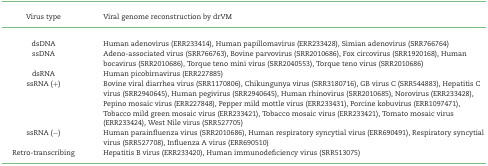
<table><thead><tr><td><b>Virus type</b></td><td><b>Viral genome reconstruction by drVM</b></td></tr></thead><tbody><tr><td>dsDNA</td><td>Human adenovirus (ERR233414), Human papillomavirus (ERR233428), Simian adenovirus (SRR766764)</td></tr><tr><td>ssDNA</td><td>Adeno-associated virus (SRR766763), Bovine parvovirus (SRR2010686), Fox circovirus (SRR1920168), Human bocavirus (SRR2010686), Torque teno mini virus (SRR2040553), Torque teno virus (SRR2010686)</td></tr><tr><td>dsRNA</td><td>Human picobirnavirus (ERR227885)</td></tr><tr><td>ssRNA (+)</td><td>Bovine viral diarrhea virus (SRR1170806), Chikungunya virus (SRR3180716), GB virus C (SRR544883), Hepatitis C virus (SRR2940645), Human pegivirus (SRR2940645), Human rhinovirus (SRR2010685), Norovirus (ERR233428), Pepino mosaic virus (ERR227848), Pepper mild mottle virus (ERR233431), Porcine kobuvirus (ERR1097471), Tobacco mild green mosaic virus (ERR233421), Tobacco mosaic virus (ERR233421), Tomato mosaic virus (ERR233424), West Nile virus (SRR527705)</td></tr><tr><td>ssRNA (−)</td><td>Human parainfluenza virus (SRR2010686), Human respiratory syncytial virus (ERR690491), Respiratory syncytial virus (SRR527708), Influenza A virus (ERR690510)</td></tr><tr><td>Retro-transcribing</td><td>Hepatitis B virus (ERR233420), Human immunodeficiency virus (SRR513075)</td></tr></tbody></table>